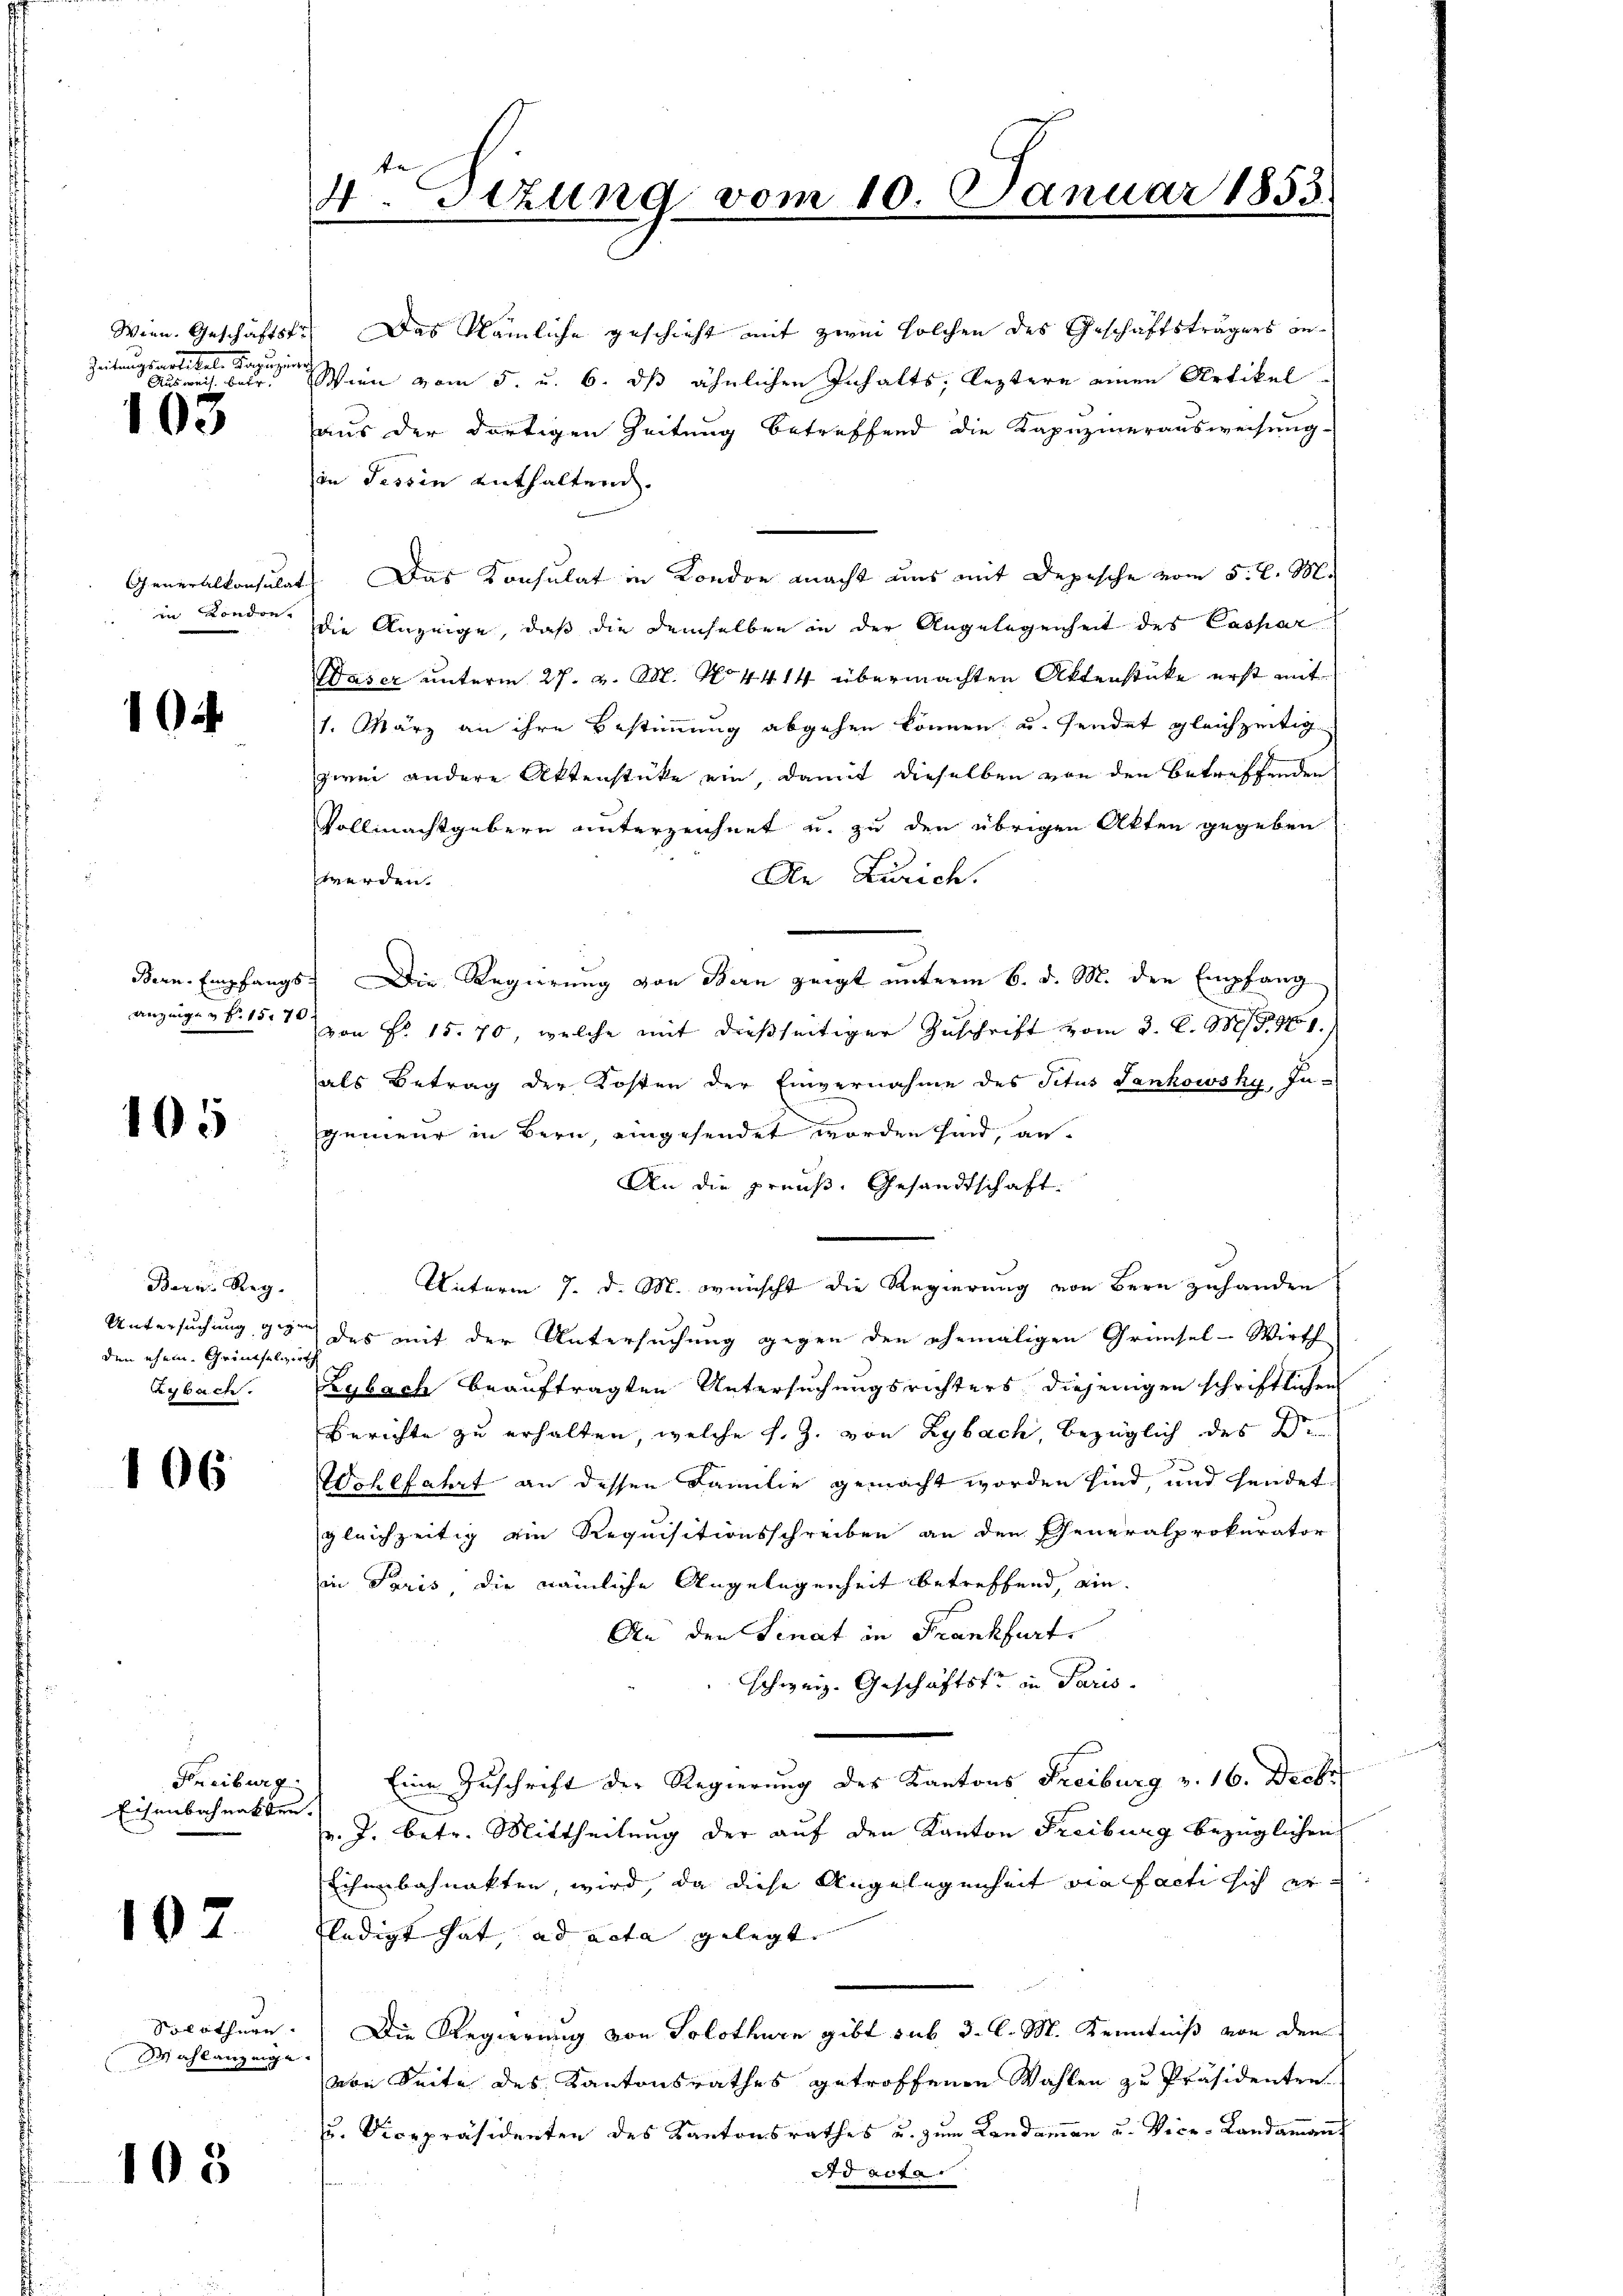
Zeitungsartikel Kapuziner

103

Generalkonsulat
in London.

1

105

Bern Reg.
den ehem. Grindselwirth
Reybacte.

106

Freiburg.
Eisenbahnakten.

102

Solothurn.
Sachlanzeige

108

4. Sizung vom 10. Januar 1853.

Wien. Geschäftstr. Das Nämliche geschieht mit zwei solchen des Geschäftsträgers an¬
 Wien vom 5. u. 6. dß ähnlichen Inhalts; leztere einen Artikel
aus der dortigen Zeitung betreffend die Kapuzinerausweisung
in Tessin enthaltend.
1). Das Konsulat in Kondon macht uns mit Depesche vom 5. d. M.
die Anzeige, daß die demselben in der Angelegenheit des Caspar
Waser unterm 27. v. M. No 4414 übermachten Aktenstücke erst mit
1. März an ihre Bestimmung abgehen können, u. sendet gleichzeitig
zwei andere Aktenstücke ein, damit dieselben von den Betreffenden
Vollmachtgebern unterzeichnet u. zu den übrigen Akten gegeben
An Zürich.
werden.
Bern Empfangs Die Regierung von Bern zeigt unterm 6. d. M. den Empfang
anzeigen S. 15. von Fr. 15. 70, welche mit dießseitiger Zuschrift vom 3. C. M. G. 1751.)
als Betrag der Kosten der Einvernahme des Schus Sankowsky, In-
gemein in Bern, eingesendet worden sind, an¬
An die preuß. Gesandtschaft.
Unterm 7. d. M. wünscht die Regierung von Bern zuhanden,
Untersuchung gegen des mit der Untersuchung gegen den ehemaligen Grünsel-Wirth
Zybach beauftragten Untersuchungsrichters diejenigen schriftlichen
Berichte zu erhalten, welche s. Z. von Lybach, bezüglich des Di
Wohlfahrt an dessen Familie gemacht worden sind, und sendet
gleichzeitig ain Requisitionsschreiben an den Generalprokurator
in Paris die nämliche Angelegenheit betreffend, ein
An den Senat in Frankfurt.
schweiz. Geschäftst in Paris.
Eine Zuschrift der Regierung der Kantons Freiburg v. 16. Decbr
v. J. betr. Mittheilung der auf den Kanton Freiburg bezüglichen
Eichenbahnakten, wird, da diese Angelegenheit vielfacti sich er
ledigt hat, ad acta gelegt. |
Die Regierung von Solothurn gibt sub 3. l. M. Kenntniß von den
von Seite des Kantonsrathes getroffenen Wahlen zu Präsidenten.
u. Vicepräsidenten des Kantonsrathes u. zum Landammann u. Vice-Landamant
Ad acta